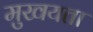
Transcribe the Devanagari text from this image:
मुखयता